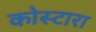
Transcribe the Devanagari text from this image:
कोस्‍टारा